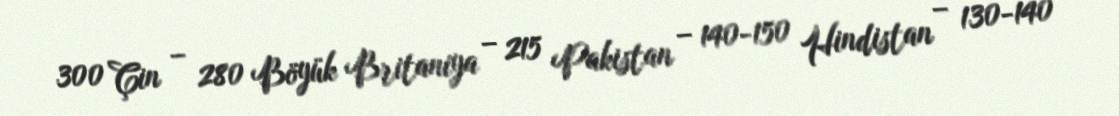
300 Çin – 280 Böyük Britaniya – 215 Pakistan – 140-150 Hindistan – 130-140